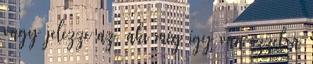
vagy jelezze az, aki még így van ezzel a